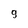
Character: 9